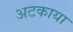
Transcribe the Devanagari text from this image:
अटकाया